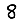
Digit: 8